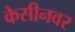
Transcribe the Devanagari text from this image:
केसीनवर